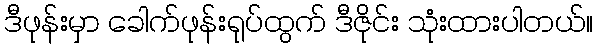
ဒီဖုန်းမှာ ခေါက်ဖုန်းရုပ်ထွက် ဒီဇိုင်း သုံးထားပါတယ်။